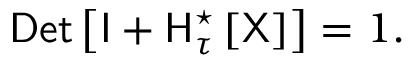
{ \sf D e t } \left[ { \sf I } + { \sf H } _ { \tau } ^ { \star } \left[ \sf X \right] \right] = 1 .